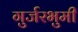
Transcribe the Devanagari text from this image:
गुर्जरभुमी